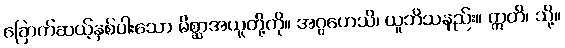
ခြောက်ဆယ့်နှစ်ပါးသော မိစ္ဆာအယူတို့ကို။ အဂ္ဂဟေသိ၊ ယူဘိသနည်း။ ဣတိ၊ သို့။